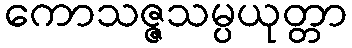
ကောသဇ္ဇသမ္ပယုတ္တာ